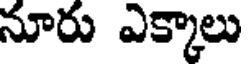
నూరు ఎక్కాలు